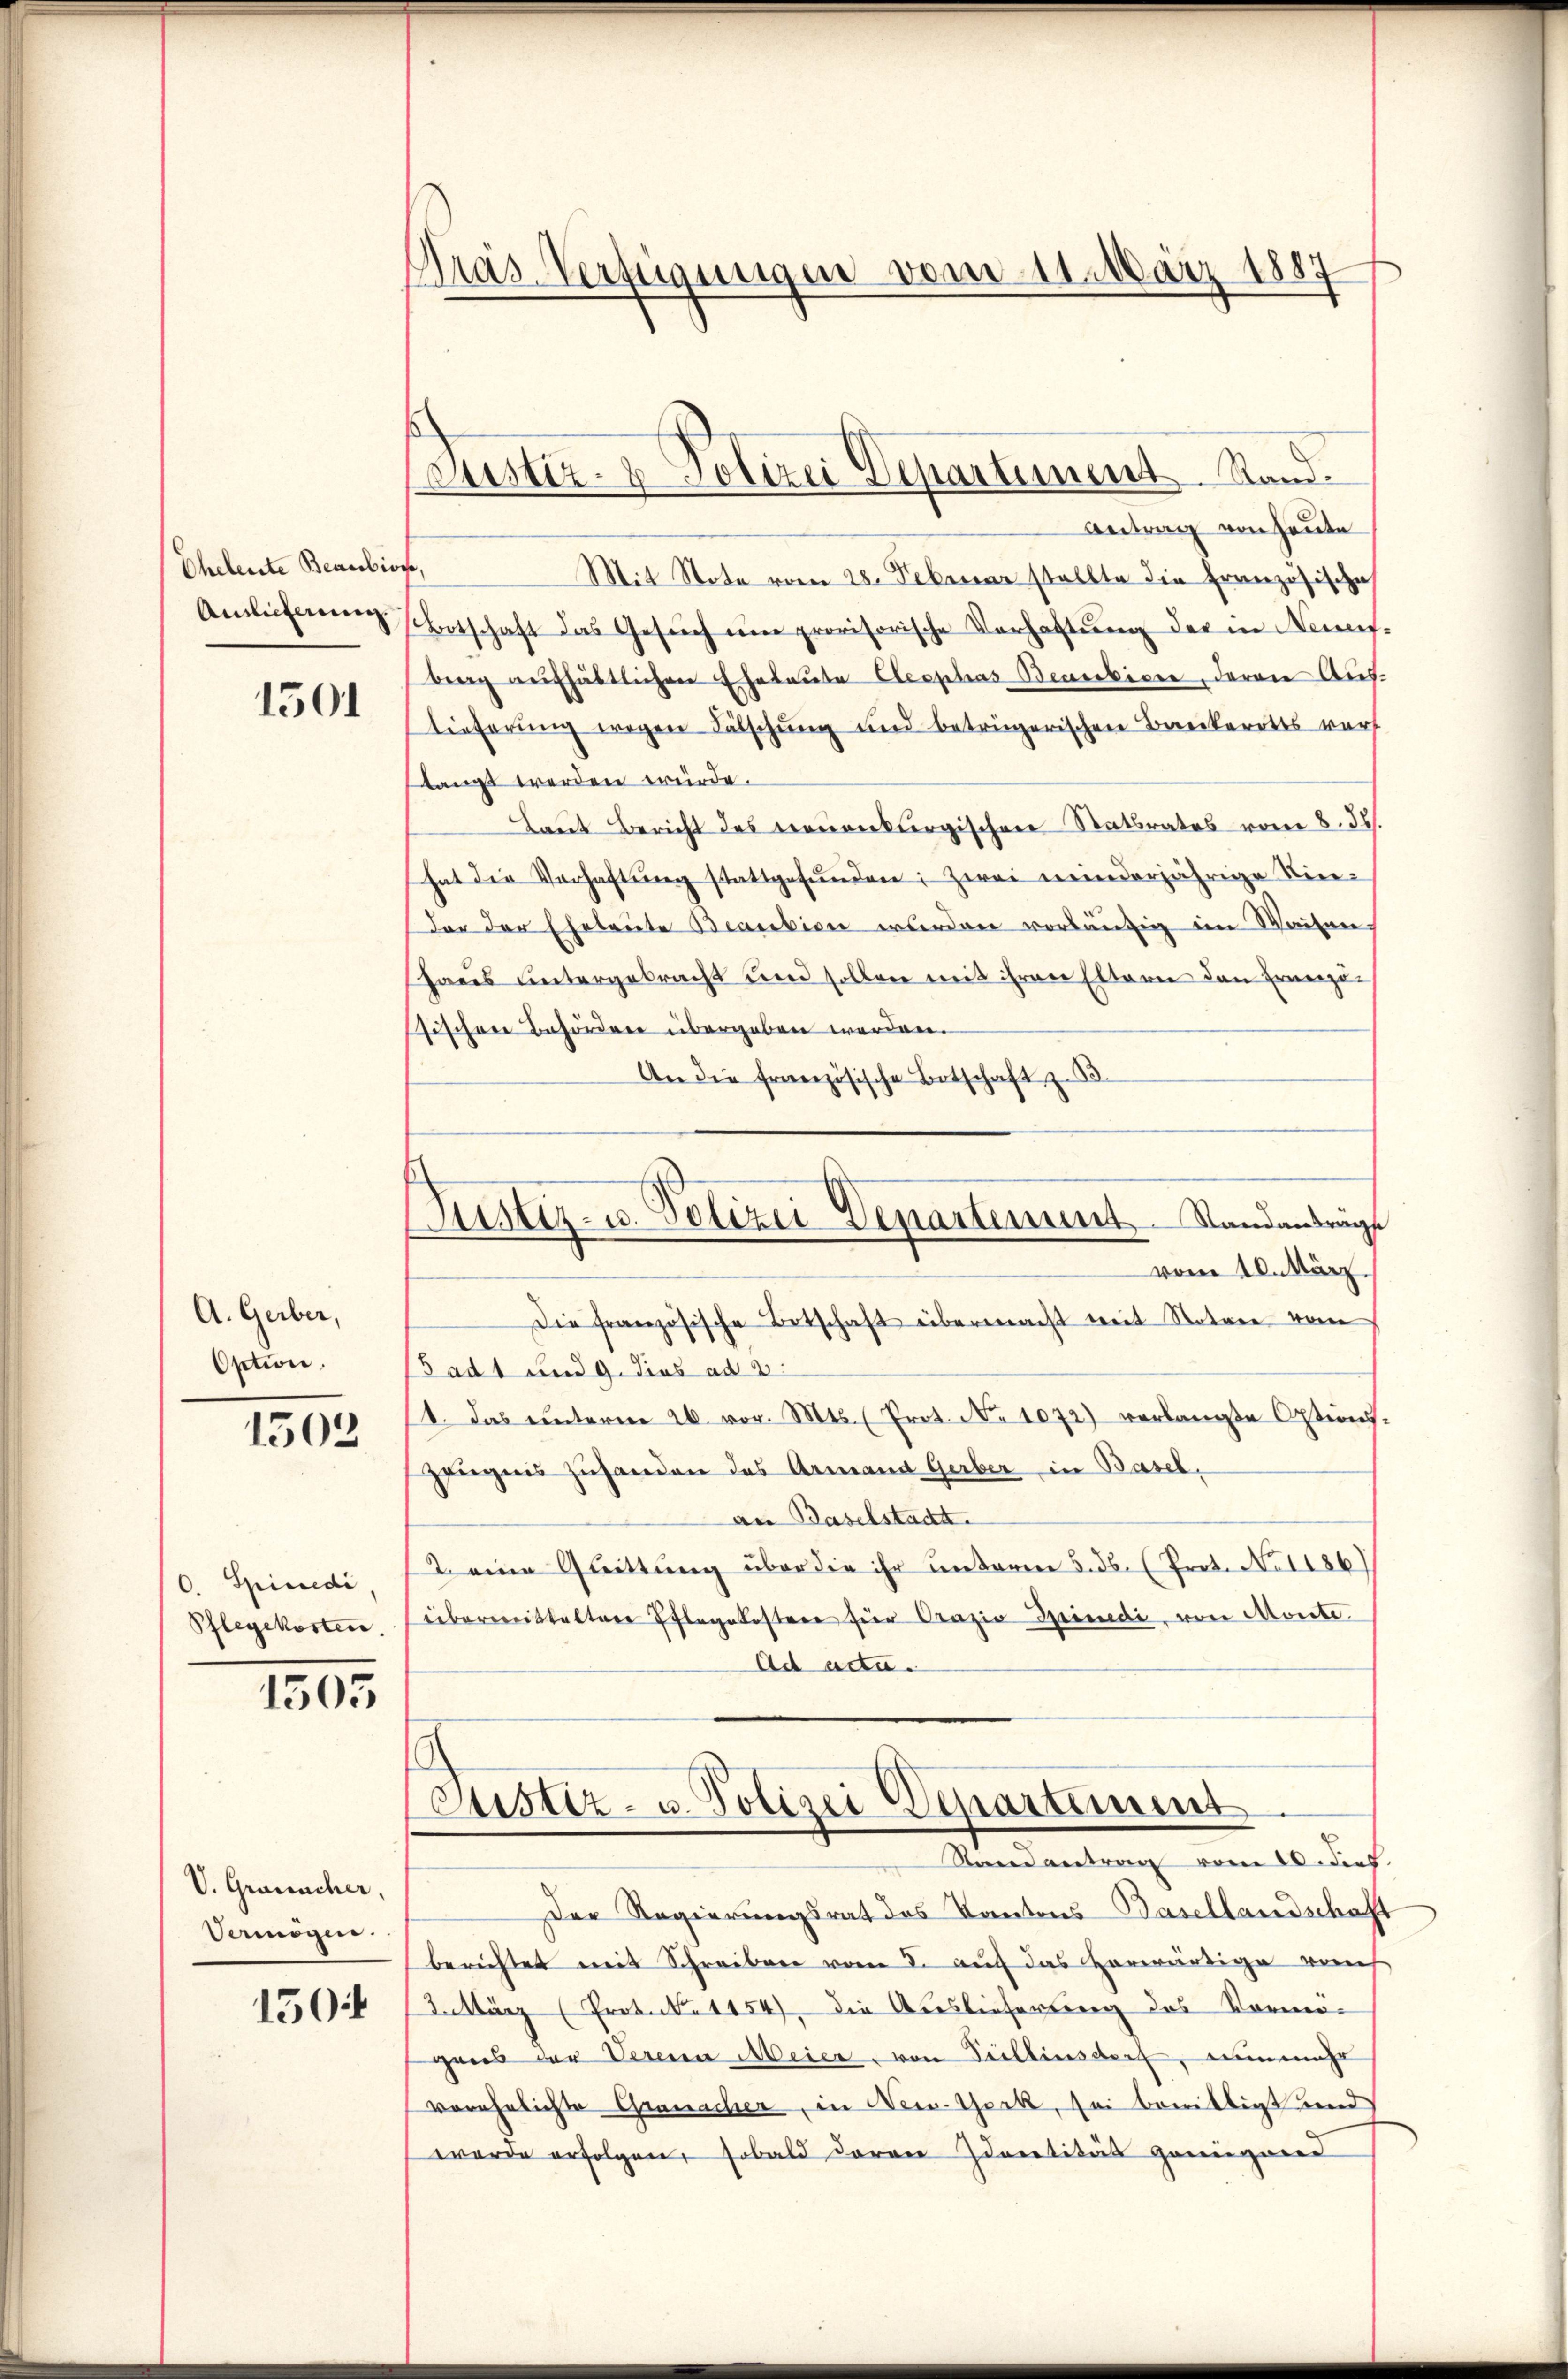
Eheleute Beaubiose,

1501

A. Gerber,
Option.
1503

. Spinedi,
Pflegekosten.

1505

V. Grancher,
Vermögen.
150

Pras-Verfügungen vom 11. März 1887

Justiz- & Polizei Departement Stand.

Justiz- u. Polizei-Departement Standanträge
vom 10. März.

Antrag von heute
Mit Note vom 28. Februar stellte die Französische
Amlichen Botschaft das Gesŭch eine provisorische Verhaltŭng der in Neunfbing aufhältlichen Eheleute Cleophas Beneficie daran Auftieferung wegen Fälschung und betrügerischen Bankerotis warf
langt werden würde.
Laut Bericht des Treuenburgischen Ratsrates vom 8. ds.
hat die Verhaftŭng stattgefŭnden; zwei meinderjährige Vice-
der der Eheleute Beambicn wurden vorläufig ein Waisen
Haaus untergebracht und sollen mit ihren Eltern den Ernenzö-
sischen Behörden übergeben werden.
An die französische Botschaft z. B
Die französische Botschaft übermacht mit Notare vom
Sadt und 9. dies ad 2.
1. Das ŭnterm 26. vor. Mts. (Prot. No 1072) verlangte Options-
Zeugnis zuhanden des Armand Gerber in Basel,
an Baselstadt.
2 eine Glittung über die ihr unterm 5. ds. (Prot. No 1186)
übermittaltere Pflegekostere für Crazio Spinedi, von Monte
ad acta.
Justiz- u. Polizei Departement
Stand antrag vom 20. dies
Der Regierungsrat des Kantons Basellandschaft
berichtet mit Schreiben vom 8. auf das vorwärtige reich
.März (Protok. 1154), die Auslieferung des Vormö-
gries der Verein Meier, von Pillinsdorf, nunmehr
verehelichte Granacher, in New-York, sei bemittigt und
wurde erfolgen, sobald daran daratität gewiegend